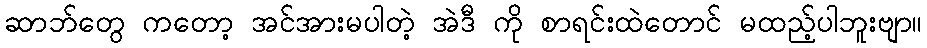
ဆာဘ်တွေ ကတော့ အင်အားမပါတဲ့ အဲဒီ ကို စာရင်းထဲတောင် မထည့်ပါဘူးဗျာ။